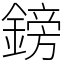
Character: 鎊